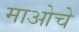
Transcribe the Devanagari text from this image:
माओचे